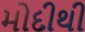
મોદીથી